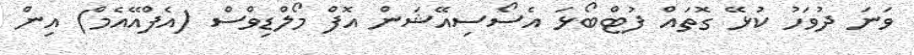
ވަނަ ދުވަހު ކުޅޭ ގޮތައް ފުޓްބޯޅަ އެސޯސިއޭޝަން އޮފް މޯލްޑިވްސް (އެފްއޭއެމް) އިން